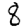
Digit: 8